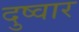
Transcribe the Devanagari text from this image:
दुष्वार